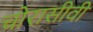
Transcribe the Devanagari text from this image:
चोरासीवीं